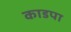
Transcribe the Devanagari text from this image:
काडपा